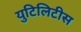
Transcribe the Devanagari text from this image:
युटिलिटीस